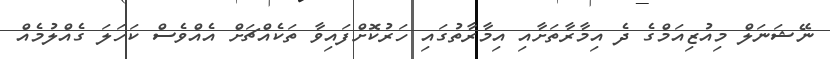
ނޭޝަނަލް މިއުޒިއަމްގެ ދެ އިމާރާތަށާއި އިމާރާތުގައި ހަރުކޮށްފައިވާ ތަކެއްޗަށް އެއްވެސް ކަހަލަ ގެއްލުމެއް